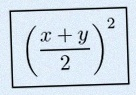
\left(\frac{x+y}{2}\right)^2